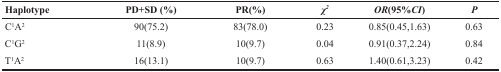
| Haplotype | PD+SD (%) | PR(%) | χ2 | OR(95%CI) | P |
 | --- | --- | --- | --- | --- | --- |
 | C1A2 | 90(75.2) | 83(78.0) | 0.23 | 0.85(0.45,1.63) | 0.63 |
 | C1G2 | 11(8.9) | 10(9.7) | 0.04 | 0.91(0.37,2.24) | 0.84 |
 | T1A2 | 16(13.1) | 10(9.7) | 0.63 | 1.40(0.61,3.23) | 0.42 |